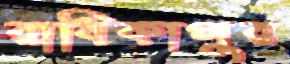
রাধিকাপুর